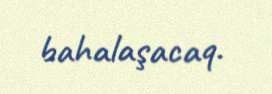
bahalaşacaq.